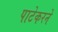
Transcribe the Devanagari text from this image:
पाटेकरने